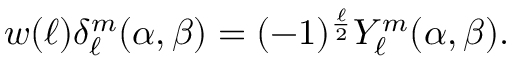
\begin{array} { r } { w ( \ell ) \delta _ { \ell } ^ { m } ( \alpha , \beta ) = ( - 1 ) ^ { \frac { \ell } { 2 } } Y _ { \ell } ^ { m } ( \alpha , \beta ) . } \end{array}